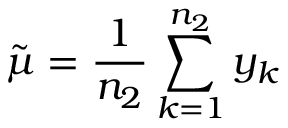
\tilde { \mu } = \frac { 1 } { n _ { 2 } } \sum _ { k = 1 } ^ { n _ { 2 } } y _ { k }